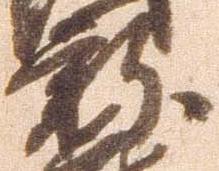
新